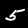
Label: 5